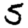
Digit: 5